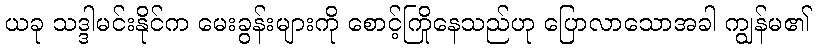
ယခု သဒ္ဒါမင်းနိုင်က မေးခွန်းများကို စောင့်ကြိုနေသည်ဟု ပြောလာသောအခါ ကျွန်မ၏